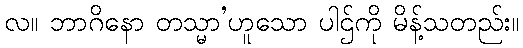
လ။ ဘာဂိနော တသ္မာ’ဟူသော ပါဌ်ကို မိန့်သတည်း။